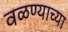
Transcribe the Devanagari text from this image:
वळण्याच्या